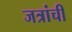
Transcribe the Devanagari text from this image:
जत्रांची